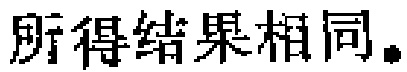
所得结果相同。